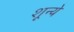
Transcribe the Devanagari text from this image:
शून्ये